Civil Veterinary Dept. Bombay admin report 1923-31 - 1923-1931
Year: 1923
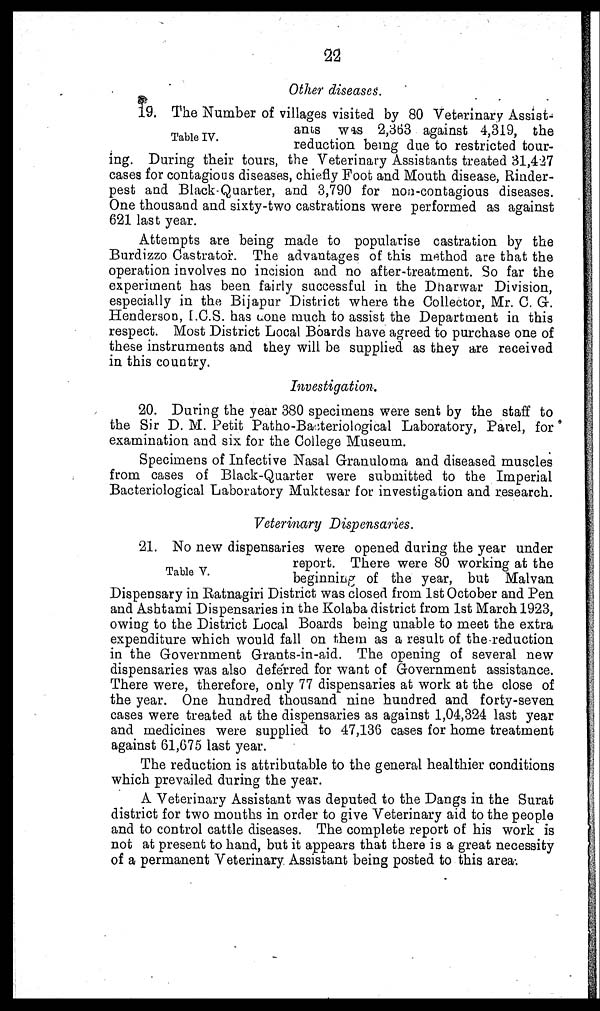
22
Other diseases.
Table IV.
19. The Number of villages visited by 80 Veterinary Assist-
ants was 2,363 against 4,319, the
reduction being due to restricted tour-
ing. During their tours, the Veterinary Assistants treated 31,427
cases for contagious diseases, chiefly Foot and Mouth disease, Rinder-
pest and Black-Quarter, and 3,790 for non-contagious diseases.
One thousand and sixty-two castrations were performed as against
621 last year.
Attempts are being made to popularise castration by the
Burdizzo Castrator. The advantages of this method are that the
operation involves no incision and no after-treatment. So far the
experiment has been fairly successful in the Dharwar Division,
especially in the Bijapur District where the Collector, Mr. C. G.
Henderson, I.C.S. has done much to assist the Department in this
respect. Most District Local Boards have agreed to purchase one of
these instruments and they will be supplied as they are received
in this country.
Investigation.
20. During the year 380 specimens were sent by the staff to
the Sir D. M. Petit Patho-Bacteriological Laboratory, Parel, for
examination and six for the College Museum.
Specimens of Infective Nasal Granuloma and diseased muscles
from cases of Black-Quarter were submitted to the Imperial
Bacteriological Laboratory Muktesar for investigation and research.
Veterinary Dispensaries.
Table V.
21. No new dispensaries were opened during the year under
report. There were 80 working at the
beginning of the year, but Malvan
Dispensary in Ratnagiri District was closed from 1st October and Pen
and Ashtami Dispensaries in the Kolaba district from 1st March 1923,
owing to the District Local Boards being unable to meet the extra
expenditure which would fall on them as a result of the reduction
in the Government Grants-in-aid. The opening of several new
dispensaries was also deferred for want of Government assistance.
There were, therefore, only 77 dispensaries at work at the close of
the year. One hundred thousand nine hundred and forty-seven
cases were treated at the dispensaries as against 1,04,324 last year
and medicines were supplied to 47,136 cases for home treatment
against 61,675 last year.
The reduction is attributable to the general healthier conditions
which prevailed during the year.
A Veterinary Assistant was deputed to the Dangs in the Surat
district for two months in order to give Veterinary aid to the people
and to control cattle diseases. The complete report of his work is
not at present to hand, but it appears that there is a great necessity
of a permanent Veterinary Assistant being posted to this area.